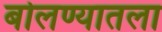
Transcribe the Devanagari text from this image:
बोलण्यातला